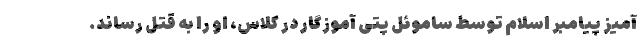
آمیز پیامبر اسلام توسط ساموئل پتی آموزگار در کلاس، او را به قتل رساند.